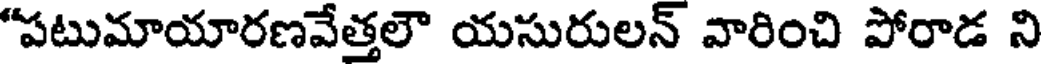
"పటుమాయారణవేత్తలౌ యసురులన్ వారించి పోరాడ ని